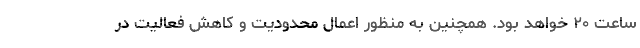
ساعت ٢٠ خواهد بود. همچنین به منظور اعمال محدودیت و کاهش فعالیت در